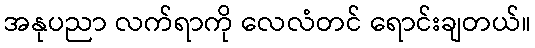
အနုပညာ လက်ရာကို လေလံတင် ရောင်းချတယ်။